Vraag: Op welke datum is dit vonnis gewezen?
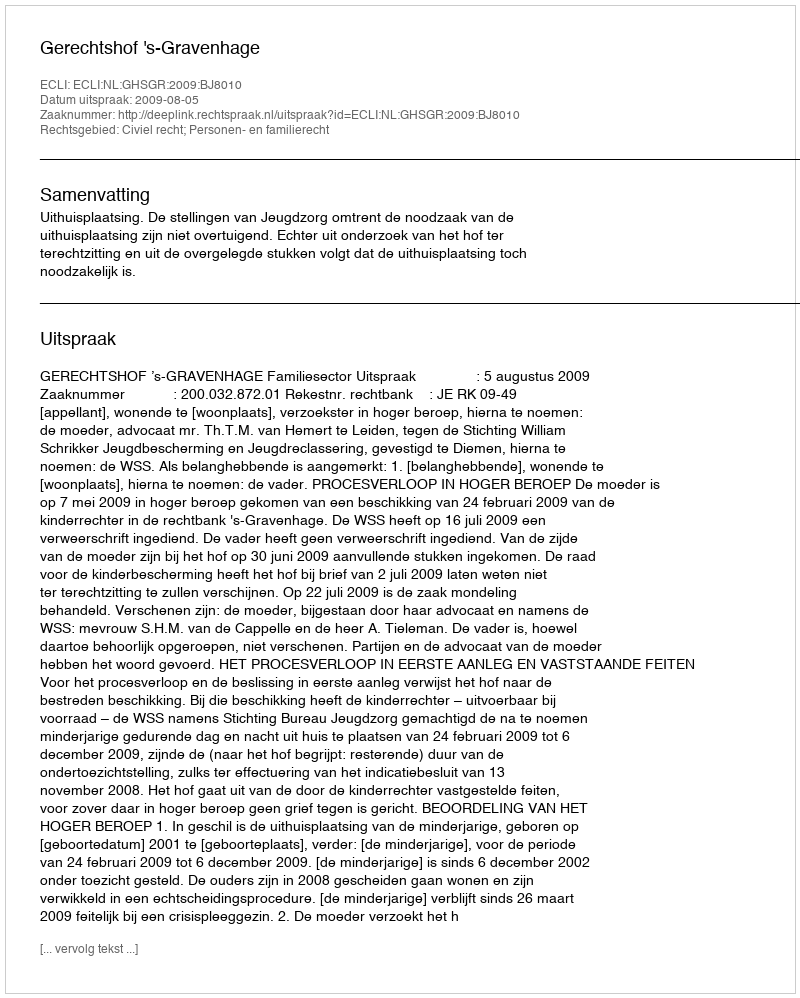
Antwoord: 2009-08-05